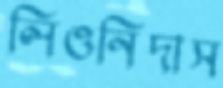
লিওনিদাস